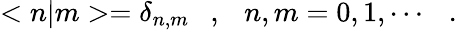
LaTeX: <n|m>=\delta_{n,m}\ \ \ ,\ \ \ n,m=0,1,\cdots\ \ \ .